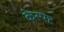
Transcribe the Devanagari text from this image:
केस्पष्ट